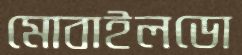
মোবাইলডো